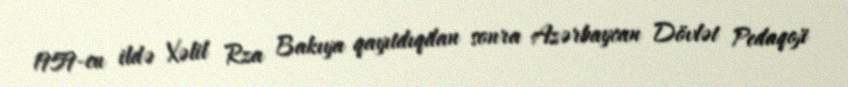
1959-cu ildə Xəlil Rza Bakıya qayıtdıqdan sonra Azərbaycan Dövlət Pedaqoji